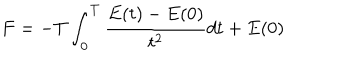
LaTeX: F = - T \int _ { 0 } ^ { T } { \frac { E ( t ) - E ( 0 ) } { t ^ { 2 } } } d t + E ( 0 )